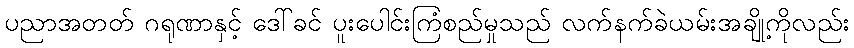
ပညာအတတ် ဂရုဏာနှင့် ဒေါ်ခင် ပူးပေါင်းကြံစည်မှုသည် လက်နက်ခဲယမ်းအချို့ကိုလည်း